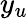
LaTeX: y_{u}